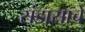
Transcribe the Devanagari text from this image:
संडासाचे